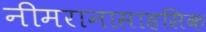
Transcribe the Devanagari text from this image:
नीमरानासाहसिक